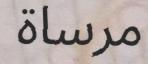
مرساة